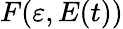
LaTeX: F(\varepsilon,E(t))